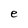
Character: e